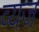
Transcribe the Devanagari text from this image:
व्यज